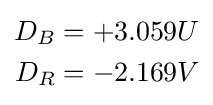
{\begin{aligned}D_{B}&=+3.059U\\D_{R}&=-2.169V\end{aligned}}